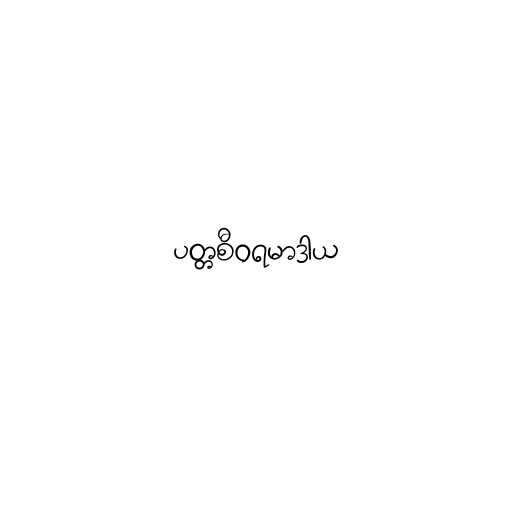
ပတ္တစီဝရမာဒါယ